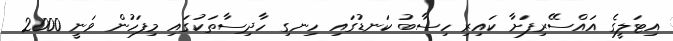
އިޓަލީގެ އައްސޭރިފަށާ ކައިރި ހިސާބު ކަނޑުގައި ހިނގި ހާދިސާތަކުގައި މިފަހުން ވަނީ 2000